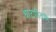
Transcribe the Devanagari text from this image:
धाटणीतले